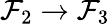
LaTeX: {\mathcal{F}}_{2}\to{\mathcal{F}}_{3}